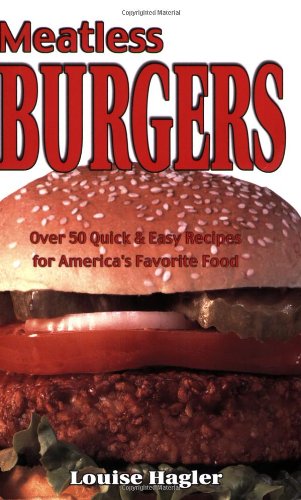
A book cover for Meatless Burgers: Over 50 Quick & Easy Recipes for America's Favorite Food; Louise Hagler; Health, Fitness & Dieting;